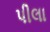
પીલા